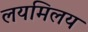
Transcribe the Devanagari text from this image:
लयमिलय